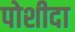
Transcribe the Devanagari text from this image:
पोशीदा